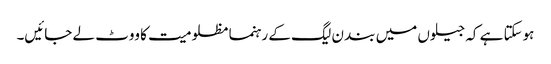
ہوسکتا ہے کہ جیلوں میں بند ن لیگ کے رہنما مظلومیت کا ووٹ لے جائیں۔